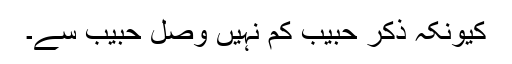
کیونکہ ذکرِ حبیب کم نہیں وصلِ حبیب سے۔